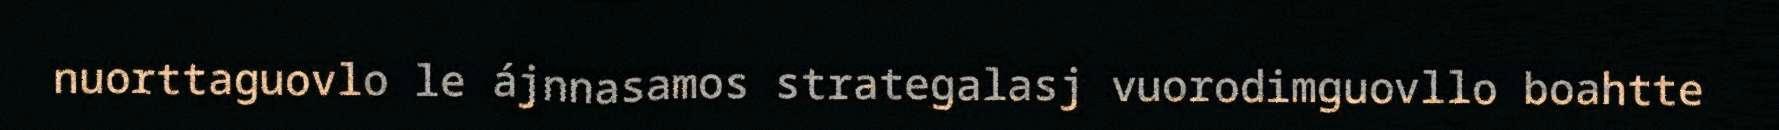
nuorttaguovlo le ájnnasamos strategalasj vuorodimguovllo boahtte